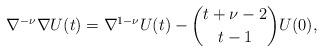
LaTeX: \begin{align*}\nabla^{-\nu}\nabla{U(t)}=\nabla^{1-\nu}U(t)-{t+\nu-2 \choose t-1}U(0),\end{align*}